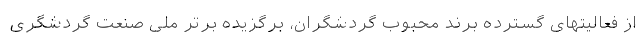
از فعالیتهای گسترده برند محبوب گردشگران، برگزیده برتر ملی صنعت گردشگری